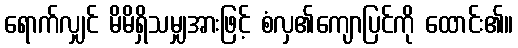
ရောက်လျှင် မိမိရှိသမျှအားဖြင့် စံလှ၏ကျောပြင်ကို ထောင်း၏။